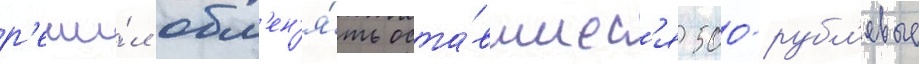
р'еши́л обм'ен'я́ть оста́вшиес'я 500-рубл'евые